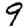
Digit: 9